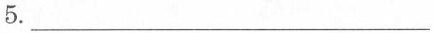
5. ___